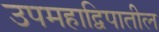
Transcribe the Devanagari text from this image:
उपमहाद्विपातील